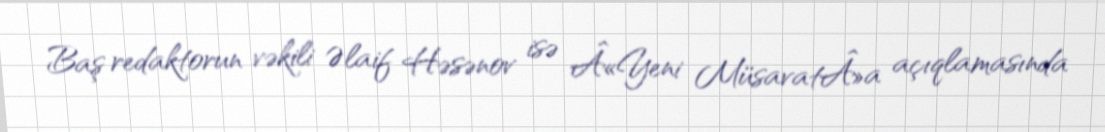
Baş redaktorun vəkili Əlaif Həsənov isə Â«Yeni MüsavatÂ»a açıqlamasında